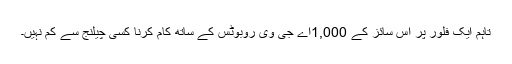
تاہم ایک فلور پر اس سائز کے 1,000اے جی وی روبوٹس کے ساتھ کام کرنا کسی چیلنج سے کم نہیں۔